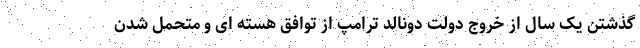
گذشتن یک سال از خروج دولت دونالد ترامپ از توافق هسته ای و متحمل شدن